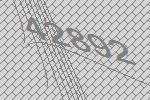
42892